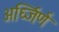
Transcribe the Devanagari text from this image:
अर्ध्जिर्ण